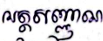
អត្តសញ្ញាណ